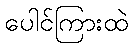
ပေါင်ကြားထဲ